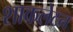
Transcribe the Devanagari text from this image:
शाकलेटन